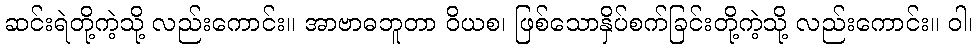
ဆင်းရဲတို့ကဲ့သို့ လည်းကောင်း။ အာဗာဓဘူတာ ဝိယစ၊ ဖြစ်သောနှိပ်စက်ခြင်းတို့ကဲ့သို့ လည်းကောင်း။ ဝါ၊